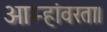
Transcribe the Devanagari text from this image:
आम्हांवरता।